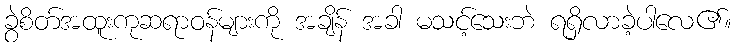
ခွဲစိတ်အထူးကုဆရာဝန်များကို အချိန် အခါ မသင့်သေးဘဲ ရရှိလာခဲ့ပါလေ၏။